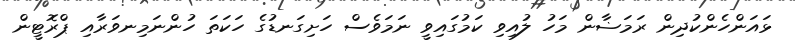
ޅައަންހެންކުދިން ރަމަޟާން މަހު ލުއިވި ކަމުގައިވީ ނަމަވެސް ހަށިގަނޑުގެ ހަކަތަ ހުންނަމިނވަރާއި ޕްރޮޓީން